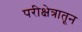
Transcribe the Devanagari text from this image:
परीक्षेत्रातून